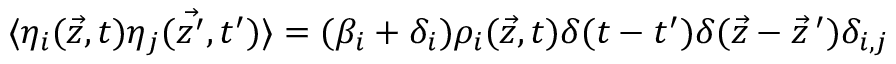
\langle \eta _ { i } ( \vec { z } , t ) \eta _ { j } ( \vec { z ^ { \prime } } , t ^ { \prime } ) \rangle = ( \beta _ { i } + \delta _ { i } ) \rho _ { i } ( \vec { z } , t ) \delta ( t - t ^ { \prime } ) \delta ( \vec { z } - \vec { z } \, ^ { \prime } ) \delta _ { i , j }